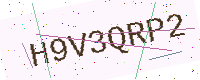
Text: H9V3QRP2